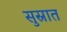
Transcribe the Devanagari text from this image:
सुस्नात